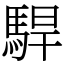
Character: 駻